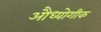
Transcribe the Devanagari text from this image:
औध्योगीक